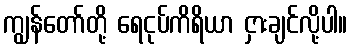
ကျွန်တော်တို့ ရေငုပ်ကိရိယာ ငှားချင်လို့ပါ။